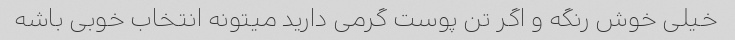
خیلی خوش رنگه و اگر تن پوست گرمی دارید میتونه انتخاب خوبی باشه